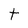
Character: t